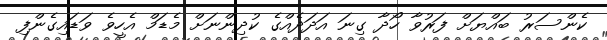
ކެންސަރު ބައްޔަށް ފަރުވާ ހޯދާ ގިނަ އަދަދެއްގެ ކުދިންނަށް މެޑަމް އެހީވެ ވަޑައިގެންފި